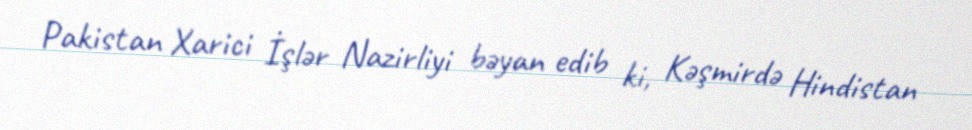
Pakistan Xarici İşlər Nazirliyi bəyan edib ki, Kəşmirdə Hindistan